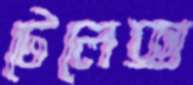
টেলেক্স